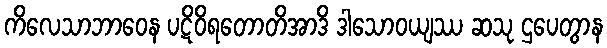
ကိလေသာဘာဝေန ပဋိဝိရတောတိအာဒိ ဒါသောဝယျဿ ဆသု ဌပေတွာန